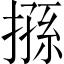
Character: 搎